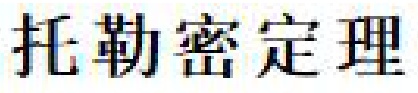
托勒密定理